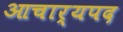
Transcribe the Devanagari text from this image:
आचार्यपद